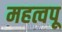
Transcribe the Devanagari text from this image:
महत्वपू